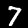
Digit: 7